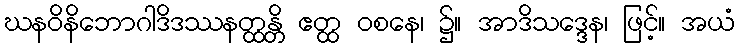
ဃနဝိနိဘောဂါဒိဒဿနတ္ထန္တိ ဧတ္ထ ဝစနေ၊ ၌။ အာဒိသဒ္ဒေန၊ ဖြင့်။ အယံ